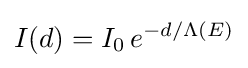
I(d)=I_{0}\,e^{-d/\Lambda (E)}